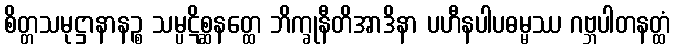
စိတ္တသမုဋ္ဌာနာနဉ္စ သမ္ပဋိစ္ဆနတ္ထေ ဘိက္ခုနီတိအာဒိနာ ပဟီနပါပဓမ္မဿ ဂဗ္ဘပါတနတ္ထံ